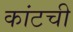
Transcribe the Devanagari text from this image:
कांटची